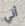
أتي